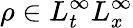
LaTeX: \rho\in L_{t}^{\infty}L_{x}^{\infty}